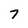
Character: 7